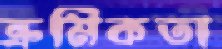
ক্রমিকতা